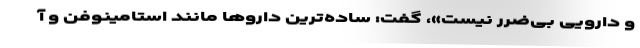
و دارویی بی‌ضرر نیست»، گفت: ساده‌ترین داروها مانند استامینوفن و آ